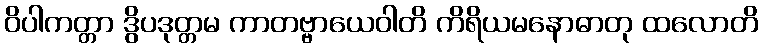
ဝိပါကတ္တာ ဒွိပဒုတ္တမ ကာတဗ္ဗာယေဝါတိ ကိရိယမနောဓာတု ထလောတိ